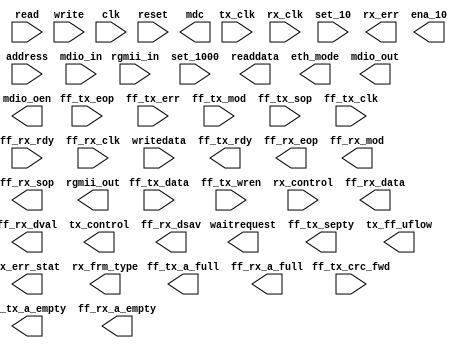
// Generated by Triple Speed Ethernet 9.1 [Altera, IP Toolbench 1.3.0 Build 350]
// ************************************************************
// THIS IS A WIZARD-GENERATED FILE. DO NOT EDIT THIS FILE!
// ************************************************************
// Copyright (C) 1991-2010 Altera Corporation
// Any megafunction design, and related net list (encrypted or decrypted),
// support information, device programming or simulation file, and any other
// associated documentation or information provided by Altera or a partner
// under Altera's Megafunction Partnership Program may be used only to
// program PLD devices (but not masked PLD devices) from Altera.  Any other
// use of such megafunction design, net list, support information, device
// programming or simulation file, or any other related documentation or
// information is prohibited for any other purpose, including, but not
// limited to modification, reverse engineering, de-compiling, or use with
// any other silicon devices, unless such use is explicitly licensed under
// a separate agreement with Altera or a megafunction partner.  Title to
// the intellectual property, including patents, copyrights, trademarks,
// trade secrets, or maskworks, embodied in any such megafunction design,
// net list, support information, device programming or simulation file, or
// any other related documentation or information provided by Altera or a
// megafunction partner, remains with Altera, the megafunction partner, or
// their respective licensors.  No other licenses, including any licenses
// needed under any third party's intellectual property, are provided herein.

module tse_mac (
	ff_tx_data,
	ff_tx_eop,
	ff_tx_err,
	ff_tx_mod,
	ff_tx_sop,
	ff_tx_wren,
	ff_tx_clk,
	ff_rx_rdy,
	ff_rx_clk,
	address,
	read,
	writedata,
	write,
	clk,
	reset,
	rgmii_in,
	rx_control,
	tx_clk,
	rx_clk,
	set_10,
	set_1000,
	mdio_in,
	ff_tx_crc_fwd,
	ff_tx_rdy,
	ff_rx_data,
	ff_rx_dval,
	ff_rx_eop,
	ff_rx_mod,
	ff_rx_sop,
	rx_err,
	readdata,
	waitrequest,
	rgmii_out,
	tx_control,
	ena_10,
	eth_mode,
	mdio_out,
	mdio_oen,
	mdc,
	ff_tx_septy,
	tx_ff_uflow,
	ff_tx_a_full,
	ff_tx_a_empty,
	rx_err_stat,
	rx_frm_type,
	ff_rx_dsav,
	ff_rx_a_full,
	ff_rx_a_empty);

	input	[31:0]	ff_tx_data;
	input		ff_tx_eop;
	input		ff_tx_err;
	input	[1:0]	ff_tx_mod;
	input		ff_tx_sop;
	input		ff_tx_wren;
	input		ff_tx_clk;
	input		ff_rx_rdy;
	input		ff_rx_clk;
	input	[7:0]	address;
	input		read;
	input	[31:0]	writedata;
	input		write;
	input		clk;
	input		reset;
	input	[3:0]	rgmii_in;
	input		rx_control;
	input		tx_clk;
	input		rx_clk;
	input		set_10;
	input		set_1000;
	input		mdio_in;
	input		ff_tx_crc_fwd;
	output		ff_tx_rdy;
	output	[31:0]	ff_rx_data;
	output		ff_rx_dval;
	output		ff_rx_eop;
	output	[1:0]	ff_rx_mod;
	output		ff_rx_sop;
	output	[5:0]	rx_err;
	output	[31:0]	readdata;
	output		waitrequest;
	output	[3:0]	rgmii_out;
	output		tx_control;
	output		ena_10;
	output		eth_mode;
	output		mdio_out;
	output		mdio_oen;
	output		mdc;
	output		ff_tx_septy;
	output		tx_ff_uflow;
	output		ff_tx_a_full;
	output		ff_tx_a_empty;
	output	[17:0]	rx_err_stat;
	output	[3:0]	rx_frm_type;
	output		ff_rx_dsav;
	output		ff_rx_a_full;
	output		ff_rx_a_empty;
endmodule